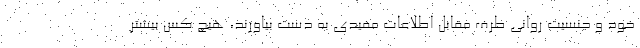
خود و جنسیت روانی طرف مقابل اطلاعات مفیدی به دست بیاورند، هیچ کس بیشتر